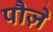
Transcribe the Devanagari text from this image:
पौज़े